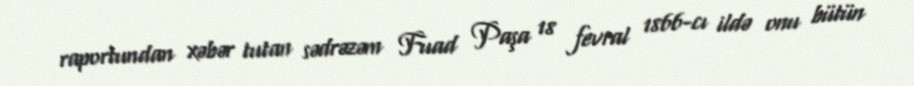
raportundan xəbər tutan sədrəzəm Fuad Paşa 18 fevral 1866-cı ildə onu bütün